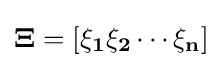
{\bf {{\Xi }=\left[{\bf {{\xi }_{1}{\bf {{\xi }_{2}\cdots {\bf {{\xi }_{n}}}}}}}\right]}}